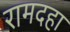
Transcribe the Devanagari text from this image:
रामदहा